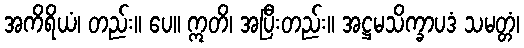
အကိရိယံ၊ တည်း။ ပေ။ ဣတိ၊ အပြီးတည်း။ အဋ္ဌမသိက္ခာပဒံ သမတ္တံ၊